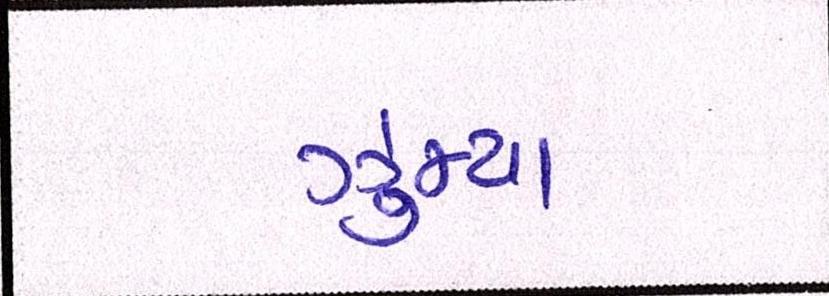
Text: ઝુમ્યા